Vaccination in Bombay 1869-1873 - 1869-1873
Year: 1869
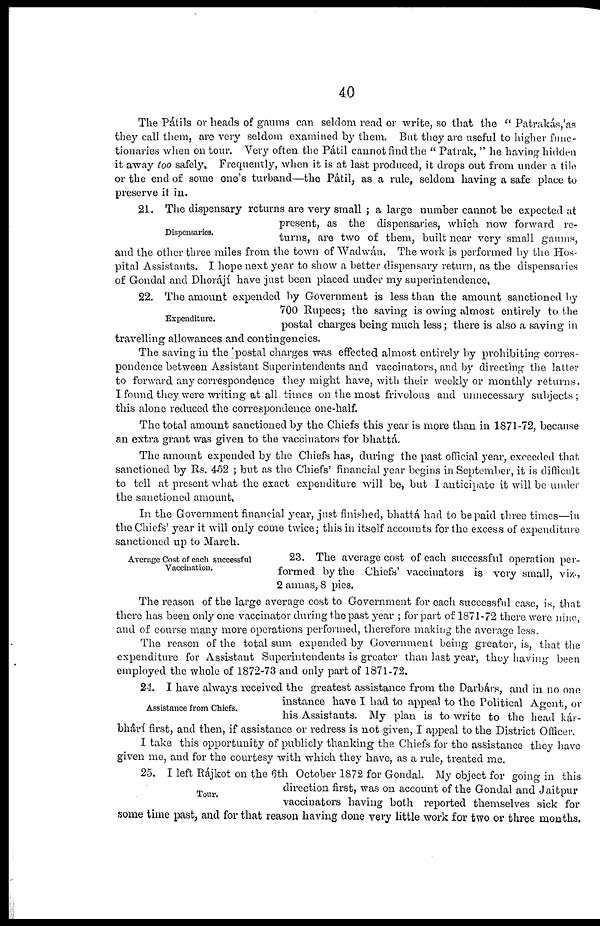
40
The Pátils or heads of gaums can seldom read or write, so that the " Patrakás, 'as
they call them, are very seldom examined by them. But they are useful to higher func-
tionaries when on tour. Very often the Pátil cannot find the " Patrak, " he having hidden
it away too safely. Frequently, when it is at last produced, it drops out from under a tile
or the end of some one's turband—the Pátil, as a rule, seldom having a safe place to
preserve it in.
Dispensaries.
21. The dispensary returns are very small ; a large number cannot be expected at
present, as the dispensaries, which now forward re-
turns, are two of them, built near very small gaums,
and the other three miles from the town of Wadwán. The work is performed by the Hos-
pital Assistants. I hope next year to show a better dispensary return, as the dispensaries
of Gondal and Dhorájí have just been placed under my superintendence,
Expenditure.
22. The amount expended by Government is less than the amount sanctioned by
700 Rupees; the saving is owing almost entirely to the
postal charges being much less; there is also a saving in
travelling allowances and contingencies.
The saving in the postal charges was effected almost entirely by prohibiting corres-
pondence between Assistant Superintendents and vaccinators, and by directing the latter
to forward any correspondence they might have, with their weekly or monthly returns.
I found they were writing at all times on the most frivolous and unnecessary subjects;
this alone reduced the correspondence one-half.
The total amount sanctioned by the Chiefs this year is more than in 1871-72, because
an extra grant was given to the vaccinators for bhattá.
The amount expended by the Chiefs has, during the past official year, exceeded that
sanctioned by Rs. 452 ; but as the Chiefs' financial year begins in September, it is difficult
to tell at present what the exact expenditure will be, but I anticipate it will be under
the sanctioned amount.
In the Government financial year, just finished, bhattá had to be paid three times—in
the Chiefs' year it will only come twice; this in itself accounts for the excess of expenditure
sanctioned up to March.
Average Cost of each successful
Vaccination.
23. The average cost of each successful operation per-
formed by the Chiefs' vaccinators is very small, viz.,
2 annas, 8 pies.
The reason of the large average cost to Government for each successful case, is, that
there has been only one vaccinator during the past year ; for part of 1871-72 there were nine,
and of course many more operations performed, therefore making the average less.
The reason of the total sum expended by Government being greater, is, that the
expenditure for Assistant Superintendents is greater than last year, they having been
employed the whole of 1872-73 and only part of 1871-72.
Assistance from Chiefs.
24. I have always received the greatest assistance from the Darbárs, and in no one
instance have I had to appeal to the Political Agent, or
his Assistants. My plan is to write to the head kár¬
bhárí first, and then, if assistance or redress is not given, I appeal to the District Officer.
I take this opportunity of publicly thanking the Chiefs for the assistance they have
given me, and for the courtesy with which they have, as a rule, treated me.
Tour.
25. I left Rájkot on the 6th October 1872 for Gondal. My object for going in this
direction first, was on account of the Gondal and Jaitpur
vaccinators having both reported themselves sick for
some time past, and for that reason having done very little work for two or three months.